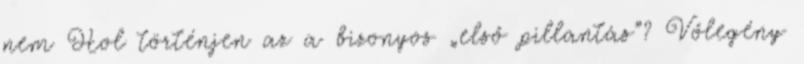
nem Hol történjen az a bizonyos „első pillantás”? Vőlegény